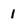
Character: 1